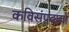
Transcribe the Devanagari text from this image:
कविसंप्रदायों